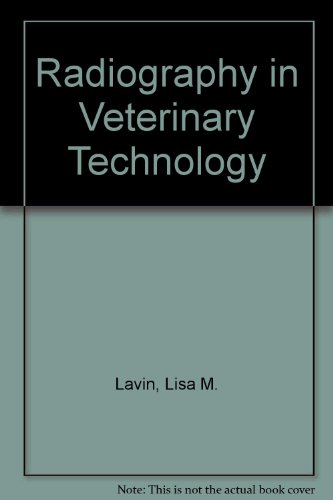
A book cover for Radiography in Veterinary Technology; Lisa M. Lavin; Medical Books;